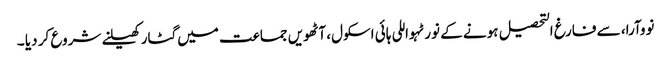
نووآرا، سے فارغ التحصیل ہونے کے نورٹہواللی ہائی اسکول، آٹھویں جماعت میں گٹار کھیلنے شروع کر دیا ۔